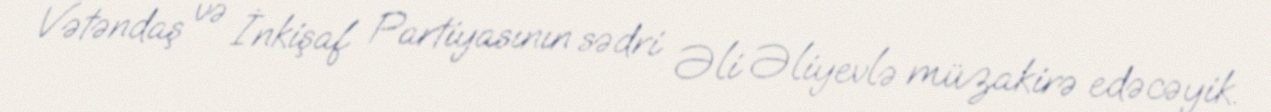
Vətəndaş və İnkişaf Partiyasının sədri Əli Əliyevlə müzakirə edəcəyik.